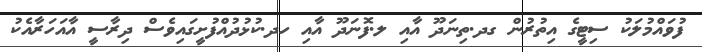
ފުވައްމުލަކު ސިޓީގެ އިތުރުން ގދ.ތިނަދޫ އާއި ލ.ފޮނަދޫ އާއި ހދ.ކުޅުދުއްފުށީގައިވެސް ދިރާސީ އާއަހަރާއެކު